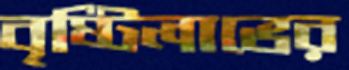
বৃষ্টিলাভের